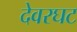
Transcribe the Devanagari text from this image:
देवरघट